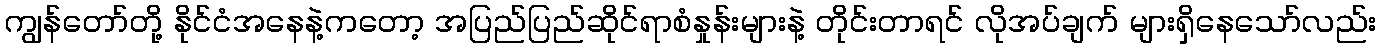
ကျွန်တော်တို့ နိုင်ငံအနေနဲ့ကတော့ အပြည်ပြည်ဆိုင်ရာစံနှုန်းများနဲ့ တိုင်းတာရင် လိုအပ်ချက် များရှိနေသော်လည်း